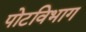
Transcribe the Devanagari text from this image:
पोटविभाग